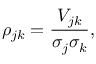
\rho _ { j k } = { \frac { V _ { j k } } { \sigma _ { j } \sigma _ { k } } } ,